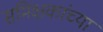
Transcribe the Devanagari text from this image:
समिक्षकांच्या